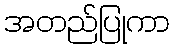
အတည်ပြုကာ